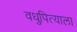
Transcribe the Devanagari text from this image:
वधुपित्याला